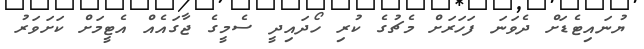
ޔުނައިޓެޑަށް ދެވަނަ ފަހަރަށް މެޗުގެ ކުރި ހޯދައިދީ ސެމީގެ ޖާގައެއް އެޓީމަށް ކަށަވަރު